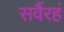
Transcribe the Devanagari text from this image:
सर्वैरहं